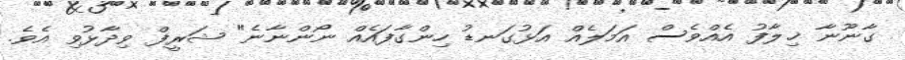
ގާނޫނާ ޚިލާފު އެއްވެސް އަމަލެއް އަޅުގަނޑު ހިންގާފައެއް ނޯންނާނެ" ޝަރީފް ވިދާޅުވި އެވެ.